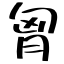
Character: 胷